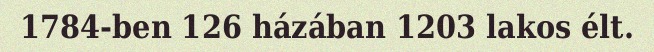
1784-ben 126 házában 1203 lakos élt.